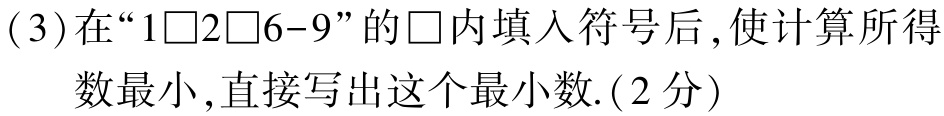
(3)在“$1\square2\square6 - 9$”的$\square$内填入符号后 ,使计算所得
  数最小 ,直接写出这个最小数.(2分)